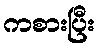
ကစားပြီး